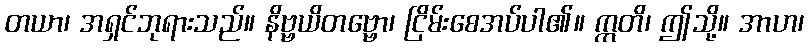
တယာ၊ အရှင်ဘုရားသည်။ နိဗ္ဗယိတဗ္ဗော၊ ငြိမ်းစေအပ်ပါ၏။ ဣတိ၊ ဤသို့။ အာဟ၊